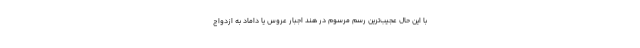
با این حال عجیب‌ترین رسم مرسوم در هند اجبار عروس یا داماد به ازدواج